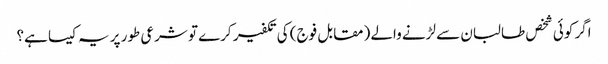
اگر کوئی شخص طالبان سے لڑنے والے (مقابل فوج) کی تکفیر کرے تو شرعی طور پر یہ کیسا ہے؟